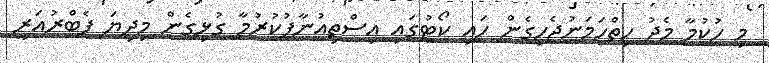
މި ހުކުމާ މެދު ހިތްހަމަނުޖެހިގެން ހައި ކޯޓުގައި އިސްތިއުނާފުކުރުމާ ގުޅިގެން މިދިޔަ ފެބްރުއަރީ